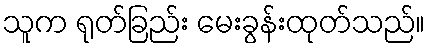
သူက ရုတ်ခြည်း မေးခွန်းထုတ်သည်။